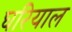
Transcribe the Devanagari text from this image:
घरियाल